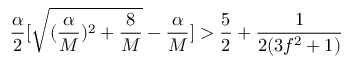
\frac { \alpha } { 2 } [ \sqrt { ( \frac { \alpha } { M } ) ^ { 2 } + \frac { 8 } { M } } - \frac { \alpha } { M } ] > \frac { 5 } { 2 } + \frac { 1 } { 2 ( 3 f ^ { 2 } + 1 ) }